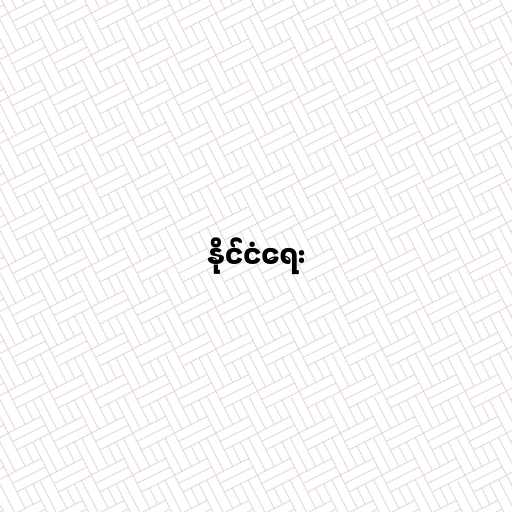
နိုင်ငံရေး